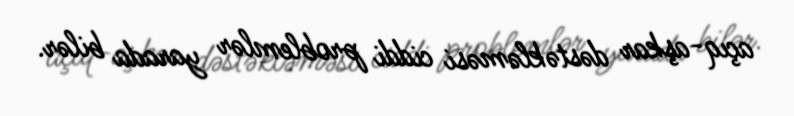
açıq-aşkar dəstəkləməsi ciddi problemlər yarada bilər.